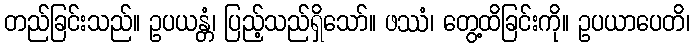
တည်ခြင်းသည်။ ဥပယန္တံ၊ ပြည့်သည်ရှိသော်။ ဖဿံ၊ တွေ့ထိခြင်းကို။ ဥပယာပေတိ၊